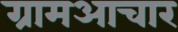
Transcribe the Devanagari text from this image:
ग्रामआचार